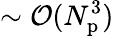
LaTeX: \sim\mathcal{O}(N_{\mathrm{p}}^{3})